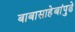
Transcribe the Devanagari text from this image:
बाबासाहेबांपुढे